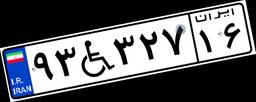
۵۵W۰۵۰۳۰